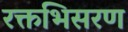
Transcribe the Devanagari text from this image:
रक्तभिसरण